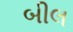
બીલ